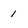
Character: 1